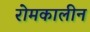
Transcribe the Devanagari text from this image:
रोमकालीन